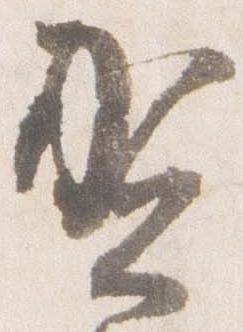
賀